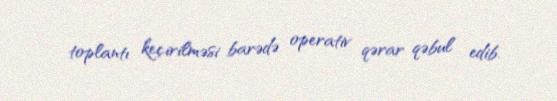
toplantı keçirilməsi barədə operativ qərar qəbul edib.